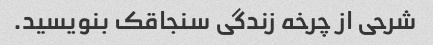
شرحی از چرخه زندگی سنجاقک بنویسید.